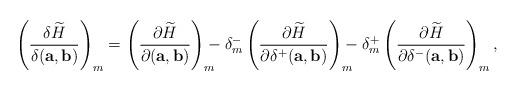
LaTeX: \begin{align*}\left(\frac{\delta \widetilde H}{\delta(\mathbf{a},\mathbf{b})}\right)_m=\left(\frac{\partial \widetilde H}{\partial(\mathbf{a},\mathbf{b})}\right)_m\!\!\!\!-\delta_m^-\left(\frac{\partial \widetilde H}{\partial\delta^+(\mathbf{a},\mathbf{b})}\right)_m\!\!\!\!-\delta_m^+\left(\frac{\partial \widetilde H}{\partial\delta^-(\mathbf{a},\mathbf{b})}\right)_m,\end{align*}